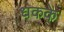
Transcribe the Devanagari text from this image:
धकके